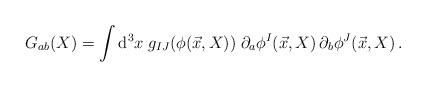
LaTeX: \begin{align*}G_{ab}(X) = \int {\rm d}^3x\; g_{IJ}(\phi(\vec x,X))\;\partial_a\phi^I(\vec x, X)\, \partial_b\phi^J(\vec x,X)\,.\end{align*}